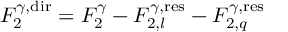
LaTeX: F _ { 2 } ^ { \gamma , { \mathrm { d i r } } } = F _ { 2 } ^ { \gamma } - F _ { 2 , l } ^ { \gamma , { \mathrm { r e s } } } - F _ { 2 , q } ^ { \gamma , { \mathrm { r e s } } }